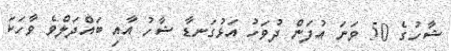
ޝާހުގެ 50 ވަނަ އުފަން ދުވަހު އަޅުގަނޑާ ޝާހު އާއި ބައްދަލްވެ ވާހަކަ